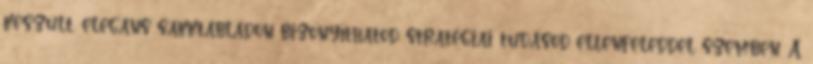
készült, elegáns sakktábládon bizonyíthatod stratégiai tudásod ellenfeleddel szemben. A